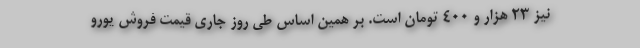
نیز ۲۳ هزار و ۴۰۰ تومان است. بر همین‌ اساس طی روز جاری قیمت فروش یورو